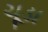
ચૂડા